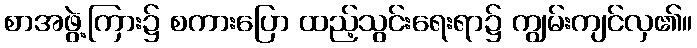
စာအဖွဲ့ကြား၌ စကားပြော ထည့်သွင်းရေးရာ၌ ကျွမ်းကျင်လှ၏။